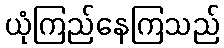
ယုံကြည်နေကြသည်